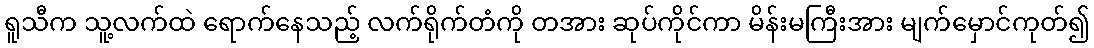
ရူသီက သူ့လက်ထဲ ရောက်နေသည့် လက်ရိုက်တံကို တအား ဆုပ်ကိုင်ကာ မိန်းမကြီးအား မျက်မှောင်ကုတ်၍